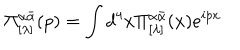
LaTeX: \Pi _ { [ \lambda ] } ^ { \alpha \bar { \alpha } } ( p ) = \int d ^ { 4 } x \Pi _ { [ \lambda ] } ^ { \alpha \bar { \alpha } } ( x ) e ^ { i p x }